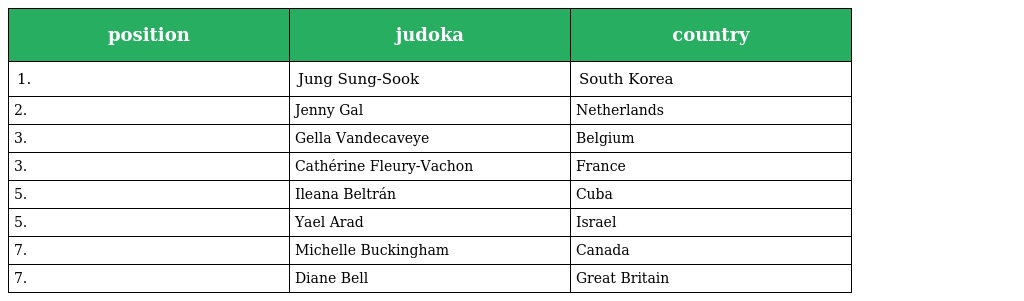
| position | judoka | country |
 | --- | --- | --- |
 | 1. | Jung Sung-Sook | South Korea |
 | 2. | Jenny Gal | Netherlands |
 | 3. | Gella Vandecaveye | Belgium |
 | 3. | Cathérine Fleury-Vachon | France |
 | 5. | Ileana Beltrán | Cuba |
 | 5. | Yael Arad | Israel |
 | 7. | Michelle Buckingham | Canada |
 | 7. | Diane Bell | Great Britain |